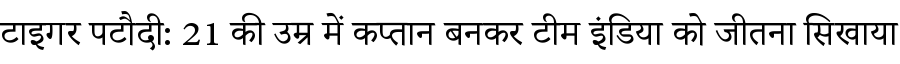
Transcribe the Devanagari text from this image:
टाइगर पटौदी: 21 की उम्र में कप्तान बनकर टीम इंडिया को जीतना सिखाया